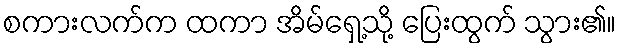
စကားလက်က ထကာ အိမ်ရှေ့သို့ ပြေးထွက် သွား၏။